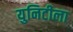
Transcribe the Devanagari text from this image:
युनिटीला